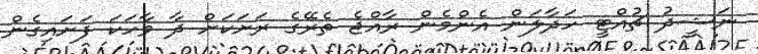
ނަޝީދު ޗުއްޓީ ހަދާލަން އެންމެން ރާއްޖެ ތެރޭގެ ރަށަކަށް ދާ ވާހަކަ ފަށައިގެން